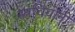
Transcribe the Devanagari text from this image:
स्त्रचियोनी